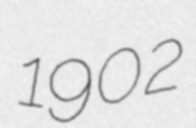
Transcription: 1902